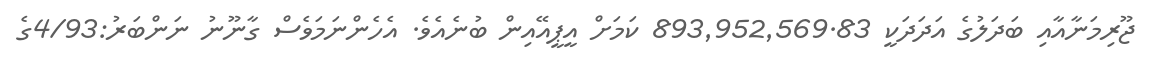
ޖޫރިމަނާއާއި ބަދަލުގެ އަދަދަކީ 893